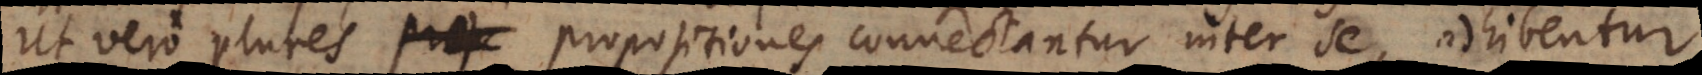
Ut vero plures propositiones connectantur inter se, adhibentur